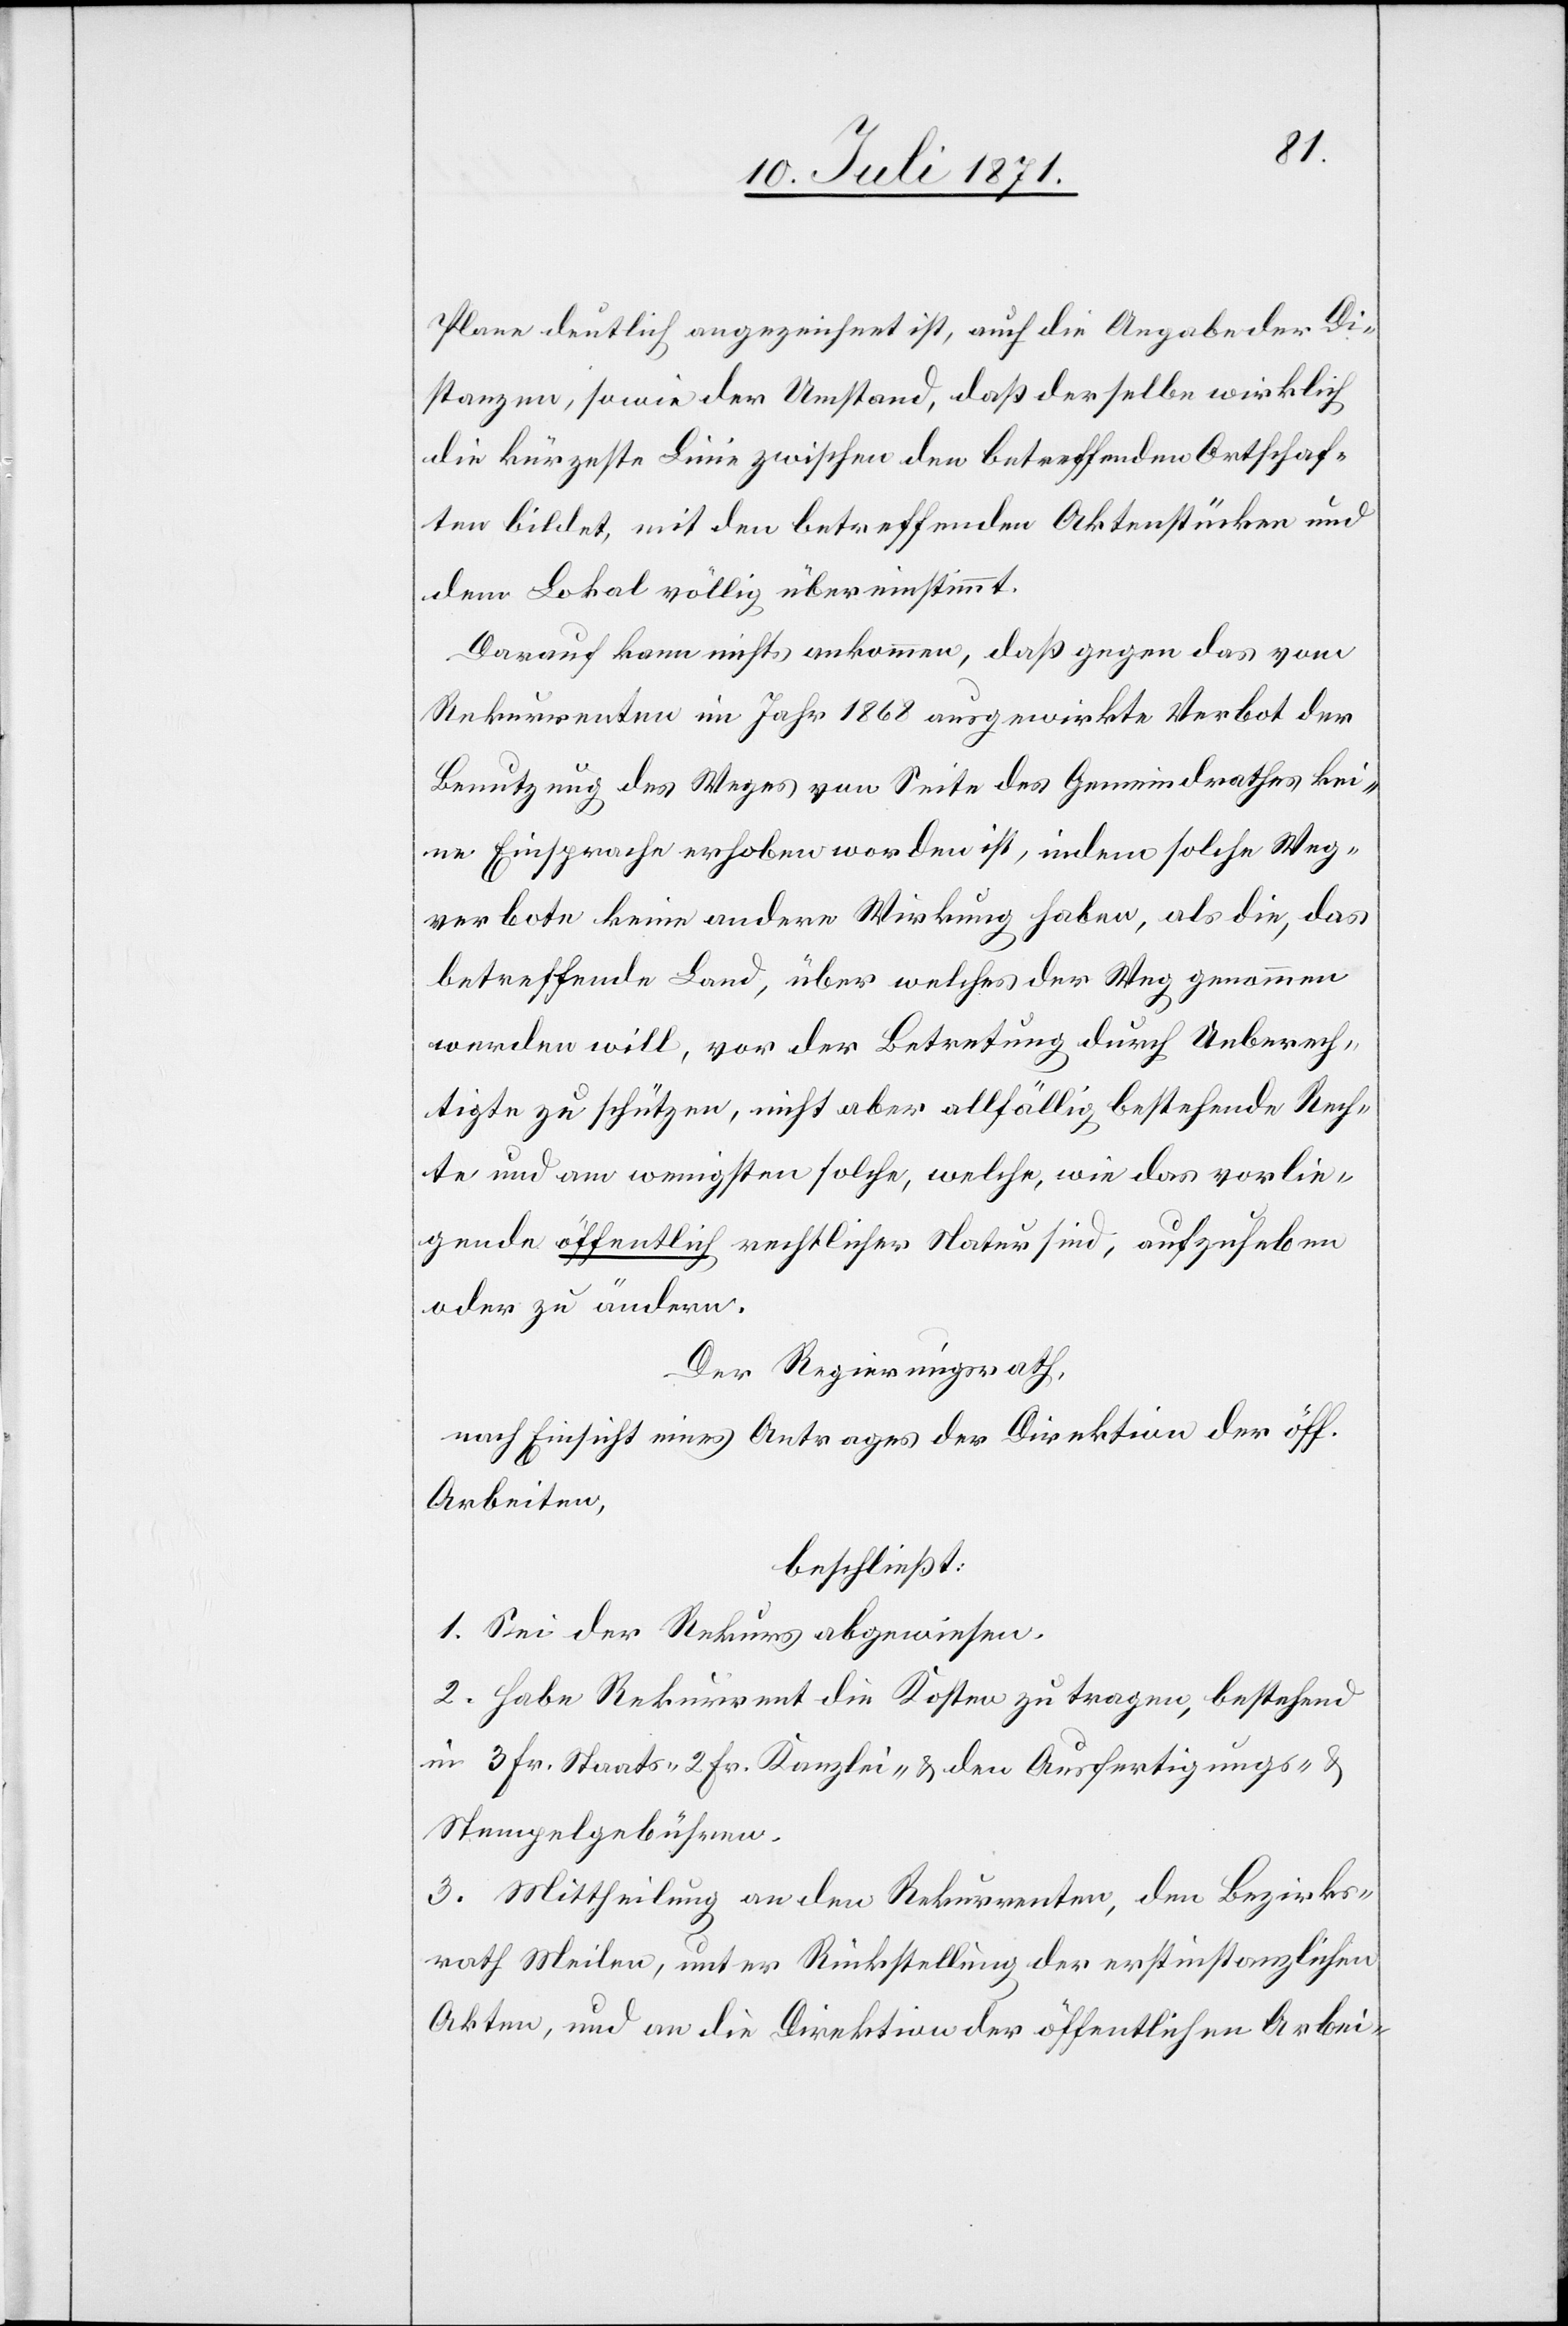
Plane deutlich angezeichnet ist, auch die Angabe der Di¬
stanzen, so wie der Umstand, daß derselbe wirklich
die kürzeste Linie zwischen den betreffenden Ortschaf¬
ten bildet, mit den betreffenden Aktenstücken und
dem Lokal völlig übereinstimmt.
Darauf kann nichts ankommen, daß gegen das vom
Rekurrenten im Jahr 1868 ausgewirkte Verbot der
Benutzung des Weges von Seite des Gemeindrathes kei¬
ne Einsprache erhoben worden ist, indem solche Weg¬
verbote keine andere Wirkung haben, als die, das
betreffende Land, über welches der Weg genommen
werden will, vor der Betretung durch Unberech¬
tigte zu schützen, nicht aber allfällig bestehende Rech¬
te und am wenigsten solche, welche, wie das vorlie¬
gende öffentliche rechtlicher Natur sind, aufzuheben
oder zu ändern.
Der Regierungsrath,
nach Einsicht eines Antrages der Direktion der öff.
Arbeiten,
beschließt:
1. Sei der Rekurs abgewiesen.
2. Habe Rekurrent die Kosten zu tragen, bestehend
in 3 Fr. Staats- 2 Fr. Kanzlei- u. den Ausfertigungs- u.
Stempelgebühren.
3. Mittheilung an den Rekurrenten, den Bezirks¬
rath Meilen, unter Rückstellung der erstinstanzlichen
Akten, und an die Direktion der öffentlichen Arbei-